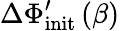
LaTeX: \Delta\Phi_{\mathrm{init}}^{\prime}\left(\beta\right)